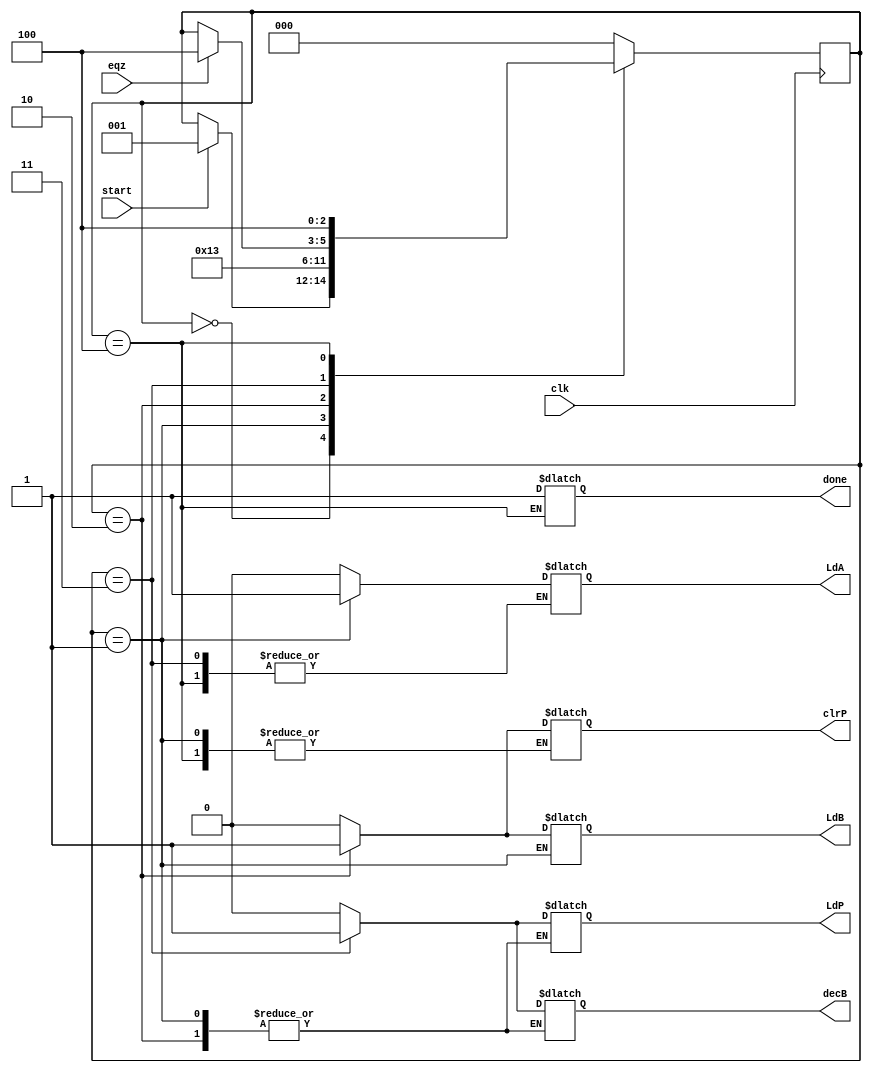
module controller (LdA, LdB, LdP, clrP, decB, done, clk, eqz, start);

input clk,eqz,start;
output reg LdA, LdB, LdP, clrP, decB, done;

reg [2:0] state;
parameter S0 = 3'b000 , S1 = 3'b001 , S2 = 3'b010 , S3 = 3'b011 , S4 = 3'b100 ;



always@(posedge clk)
        begin
                case (state)
                            
                            S0 : if(start) state <= S1;
                            S1 : state <= S2;
                            S2 : state <= S3;
                            S3 : #2 if(eqz) state <= S4;  // delay added so as to get better simulation results //
                            S4 : state <= S4;
                            default : state <= S0;
                        
                endcase
        end                    

   
    
    always@(state)
        begin
                    case(state)
                        
                        S0 : begin #1 LdA = 0; LdB = 0; LdP = 0; clrP = 0; decB = 0; end
                        S1 : begin #1 LdA = 1; end
                        S2 : begin #1 LdA = 0; LdB = 1; clrP = 1;  end
                        S3 : begin #1 LdB = 0; LdP = 1; clrP = 0; decB = 1; end
                        S4 : begin #1 done = 1; LdB = 0; LdP = 0; decB = 0; end
                        default : begin #1 LdA = 0; LdB = 0; LdP = 0; clrP = 0; decB = 0; end
                    endcase
        end            
    
endmodule